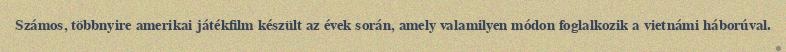
Számos, többnyire amerikai játékfilm készült az évek során, amely valamilyen módon foglalkozik a vietnámi háborúval.